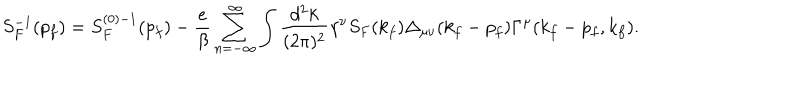
S _ { F } ^ { - 1 } ( p _ { f } ) = S _ { F } ^ { ( 0 ) - 1 } ( p _ { f } ) - { \frac { e } { \beta } } \sum _ { n = - \infty } ^ { \infty } \int { \frac { d ^ { 2 } k } { ( 2 \pi ) ^ { 2 } } } \gamma ^ { \nu } S _ { F } ( k _ { f } ) \Delta _ { \mu \nu } ( k _ { f } - p _ { f } ) \Gamma ^ { \mu } ( k _ { f } - p _ { f } , k _ { f } ) .